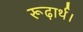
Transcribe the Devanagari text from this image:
रूढ़ार्थ।